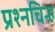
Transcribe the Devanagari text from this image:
प्रश्‍नचिन्ह